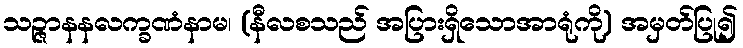
သဉ္ဇာနနလက္ခဏံနာမ၊ (နီလစသည် အပြားရှိသောအာရုံကို) အမှတ်ပြု၍